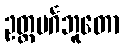
ဥတ္တမင်္ဂဘူတော